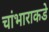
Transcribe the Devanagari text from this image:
चांभाराकडे